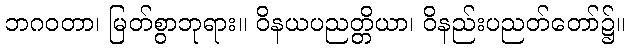
ဘဂဝတာ၊ မြတ်စွာဘုရား။ ဝိနယပညတ္တိယာ၊ ဝိနည်းပညတ်တော်၌။